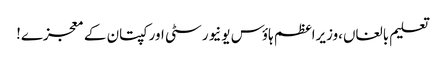
تعلیم بالغاں،وزیراعظم ہاؤس یونیورسٹی اور کپتان کے معجزے!